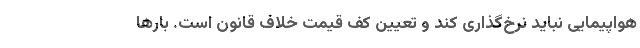
هواپیمایی نباید نرخ‌گذاری کند و تعیین کف قیمت خلاف قانون است. بارها